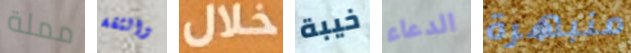
مملة والثقة خلال خيبة الدعاء منبهرة